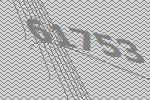
61753